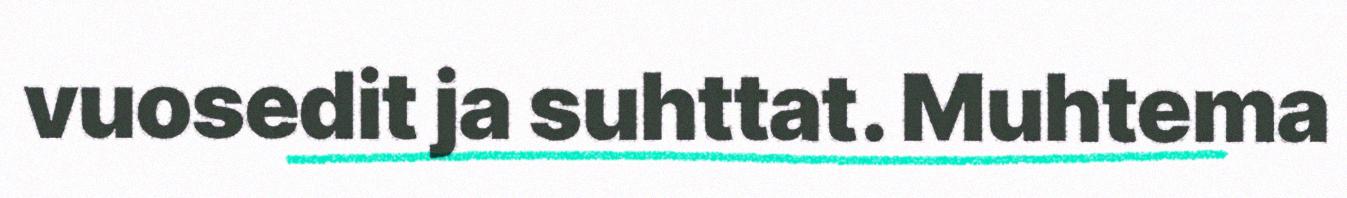
vuosedit ja suhttat. Muhtema